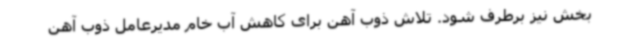
بخش نیز برطرف شود. تلاش ذوب آهن برای کاهش آب خام مدیرعامل ذوب آهن